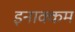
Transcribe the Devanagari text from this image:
इनाक्कम